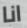
انا